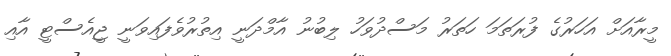
މީރާއަށް އަހަރުގެ ފުރަތަމަ ހަތަރު މަސްދުވަހު ލިބުނު އާމްދަނީ އިތުރުވެފައިވަނީ ޖީއެސްޓީ އާއި